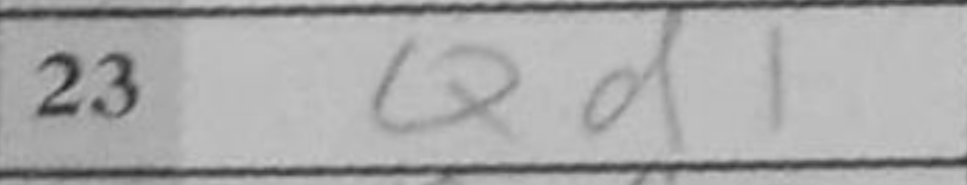
Transcription: Qd1